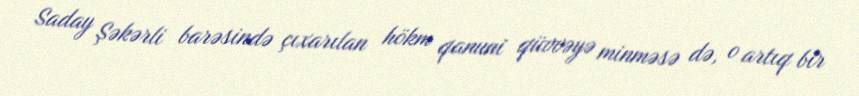
Saday Şəkərli barəsində çıxarılan hökm qanuni qüvvəyə minməsə də, o artıq bir